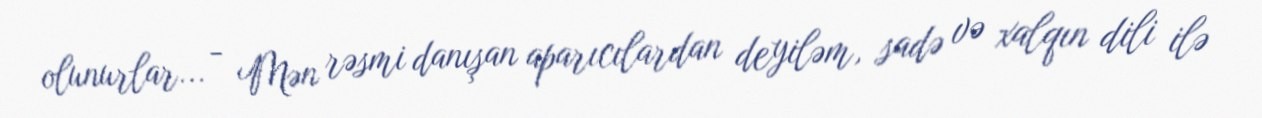
olunurlar... - Mən rəsmi danışan aparıcılardan deyiləm, sadə və xalqın dili ilə